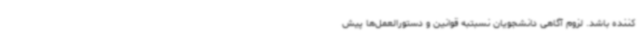
کننده باشد. لزوم آگاهی دانشجویان نسبتبه قوانین و دستورالعمل‌ها پیش